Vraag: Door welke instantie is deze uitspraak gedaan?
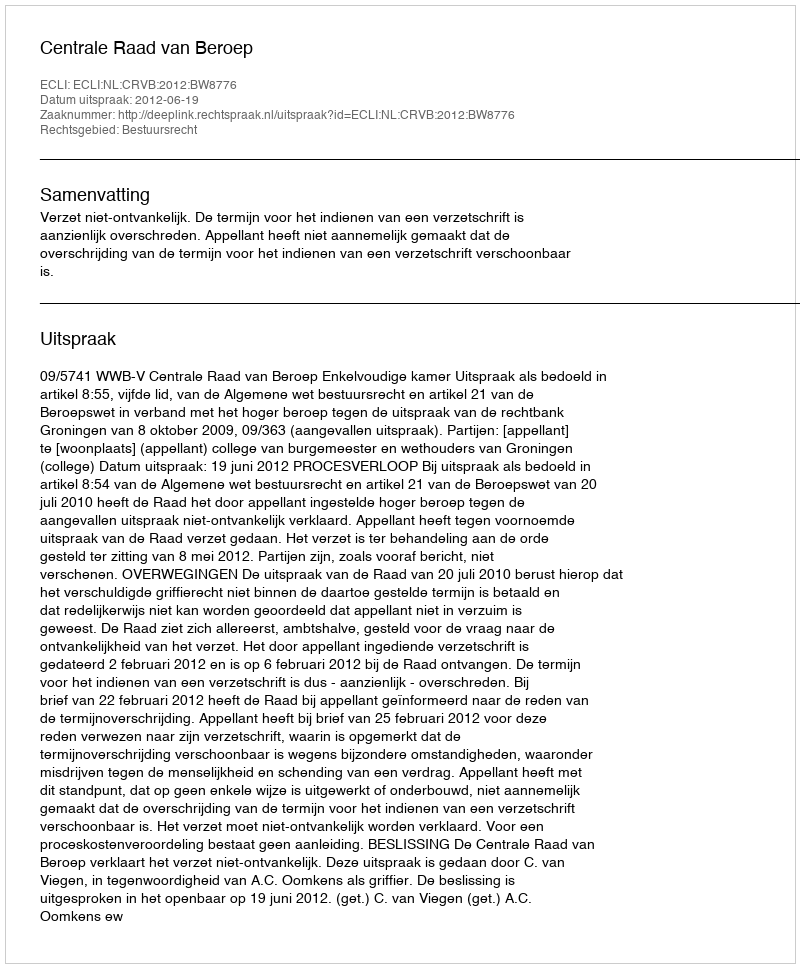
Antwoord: Centrale Raad van Beroep